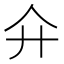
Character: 𢌯